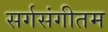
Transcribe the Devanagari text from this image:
सर्गसंगीतम